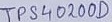
Text: TPS40200D